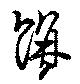
餠